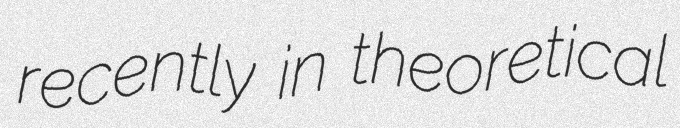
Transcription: recently in theoretical